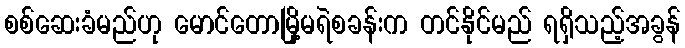
စစ်ဆေးခံမည်ဟု မောင်တောမြို့မရဲစခန်းက တင်နိုင်မည် ရရှိသည့်အခွန်